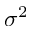
\sigma ^ { 2 }